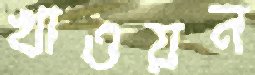
খাওয়ন